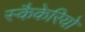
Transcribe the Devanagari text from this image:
स्कैकेरियो